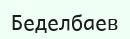
Беделбаев